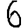
Digit: 6